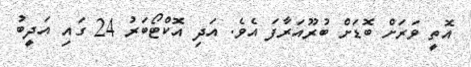
އޮތީ ވަރަށް ބޮޑަށް ބުރޫއަރާފަ އެވެ. އަދި އޮކްޓޯބަރު 24 ގައި އަދީބު